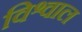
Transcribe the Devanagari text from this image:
विश्वाल